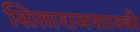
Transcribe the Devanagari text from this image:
सितारामशास्त्री